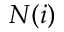
N ( i )